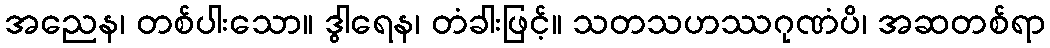
အညေန၊ တစ်ပါးသော။ ဒွါရေန၊ တံခါးဖြင့်။ သတသဟဿဂုဏံပိ၊ အဆတစ်ရာ